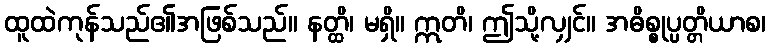
ထူထဲကုန်သည်၏အဖြစ်သည်။ နတ္ထိ၊ မရှိ။ ဣတိ၊ ဤသို့လျှင်။ အဓိစ္စုပ္ပတ္တိယာစ၊